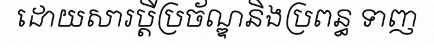
ដោយសារប្តីប្រច័ណ្ឌនិងប្រពន្ធ ទាញ